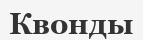
Квонды